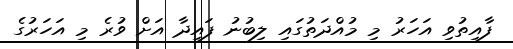
ފާއިތުވި އަހަރު މި މުއްދަތުގައި ލިބުނު ފައިދާ އަށް ވުރެ މި އަހަރުގެ